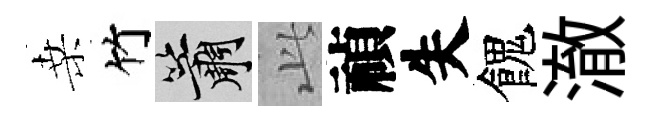
桑竹簫𬼘禎失餽澈